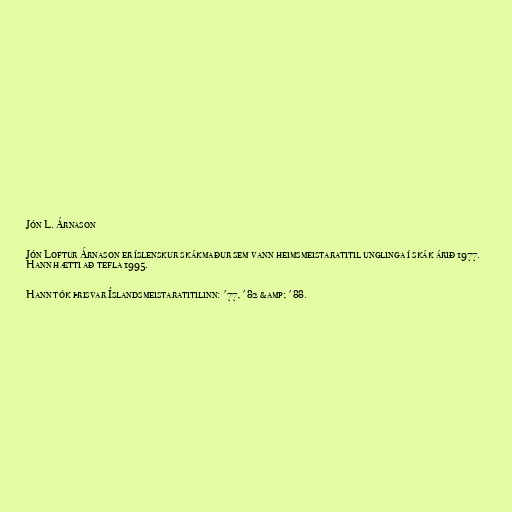
Jón L. Árnason

Jón Loftur Árnason er íslenskur skákmaður sem vann heimsmeistaratitil unglinga í skák árið 1977.
Hann hætti að tefla 1995.

Hann tók þrisvar Íslandsmeistaratitilinn: '77, '82 &amp; '88.